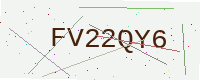
Text: FV22QY6